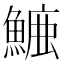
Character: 𮬁